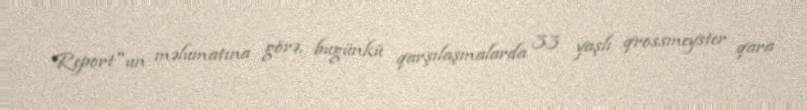
Report"un məlumatına görə, bugünkü qarşılaşmalarda 33 yaşlı qrossmeyster qara